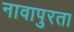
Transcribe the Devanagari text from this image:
नावापुरता